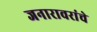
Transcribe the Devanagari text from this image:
जनारावरांचे